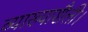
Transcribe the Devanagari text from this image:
व्याख्याशैली।